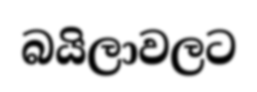
බයිලාවලට